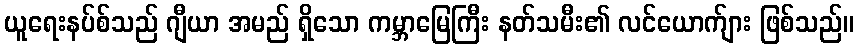
ယူရေးနပ်စ်သည် ဂျီယာ အမည် ရှိသော ကမ္ဘာမြေကြီး နတ်သမီး၏ လင်ယောက်ျား ဖြစ်သည်။